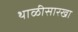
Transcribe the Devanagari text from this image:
थाळीसारखा